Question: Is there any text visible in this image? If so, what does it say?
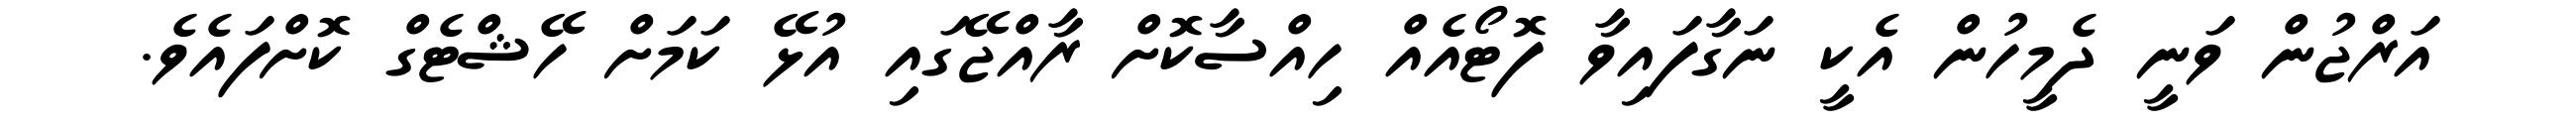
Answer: އަރްޖުން ވަނީ ދެމީހުން އެކީ ނަގާފައިވާ ފޮޓޯއެއް ހިއްސާކޮށް ރާއްޖޭގައި އުޅޭ ކަމަށް ހޭޝްޓެގް ކޮށްފައެވެ.